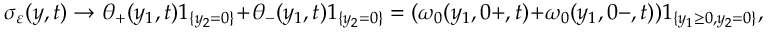
\sigma _ { \varepsilon } ( y , t ) \to \theta _ { + } ( y _ { 1 } , t ) 1 _ { \{ y _ { 2 } = 0 \} } + \theta _ { - } ( y _ { 1 } , t ) 1 _ { \{ y _ { 2 } = 0 \} } = ( \omega _ { 0 } ( y _ { 1 } , 0 + , t ) + \omega _ { 0 } ( y _ { 1 } , 0 - , t ) ) 1 _ { \{ y _ { 1 } \geq 0 , y _ { 2 } = 0 \} } ,